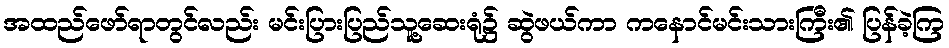
အထည်ဖော်ရာတွင်လည်း မင်းပြားပြည်သူ့ဆေးရုံ၌ ဆွဲဖယ်ကာ ကနောင်မင်းသားကြီး၏ ပြန်ခဲ့ကြ